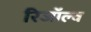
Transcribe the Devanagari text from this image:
रिजॉल्व